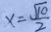
x = \frac { \sqrt { 1 0 } } { 2 }